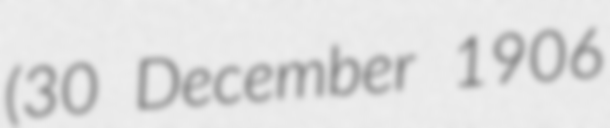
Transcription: (30 December 1906